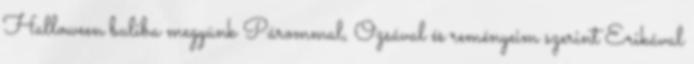
Halloween buliba megyünk Párommal, Ozsával és reményeim szerint Erikával